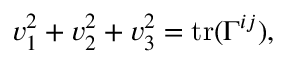
v _ { 1 } ^ { 2 } + v _ { 2 } ^ { 2 } + v _ { 3 } ^ { 2 } = \mathrm { t r } ( \Gamma ^ { i j } ) ,